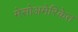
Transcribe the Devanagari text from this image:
मेसोअमेरिकेत